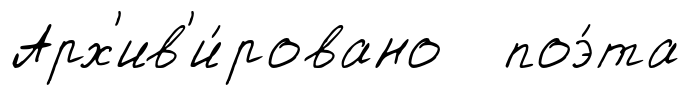
Арх'ив'и́ровано поэ́та